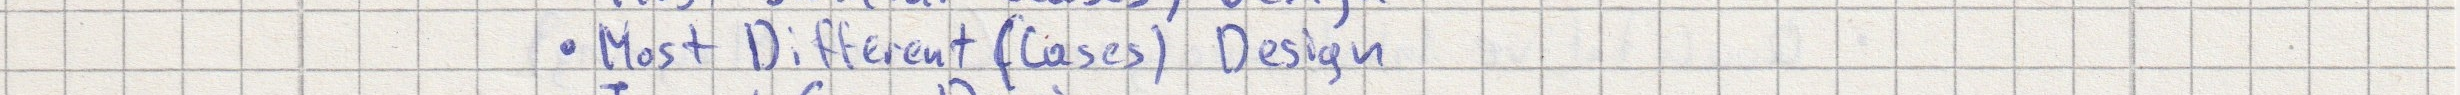
- Most Different (Cases) Design